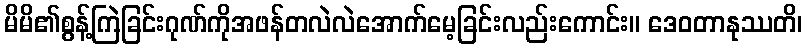
မိမိ၏စွန့်ကြဲခြင်းဂုဏ်ကိုအဖန်တလဲလဲအောက်မေ့ခြင်းလည်းကောင်း။ ဒေဝတာနုဿတိ၊